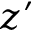
z ^ { \prime }